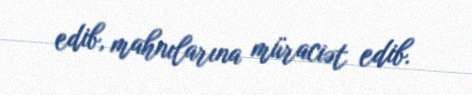
edib, mahnılarına müraciət edib.